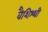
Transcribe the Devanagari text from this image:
वैशिश्थी